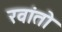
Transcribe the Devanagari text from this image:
रवांतो